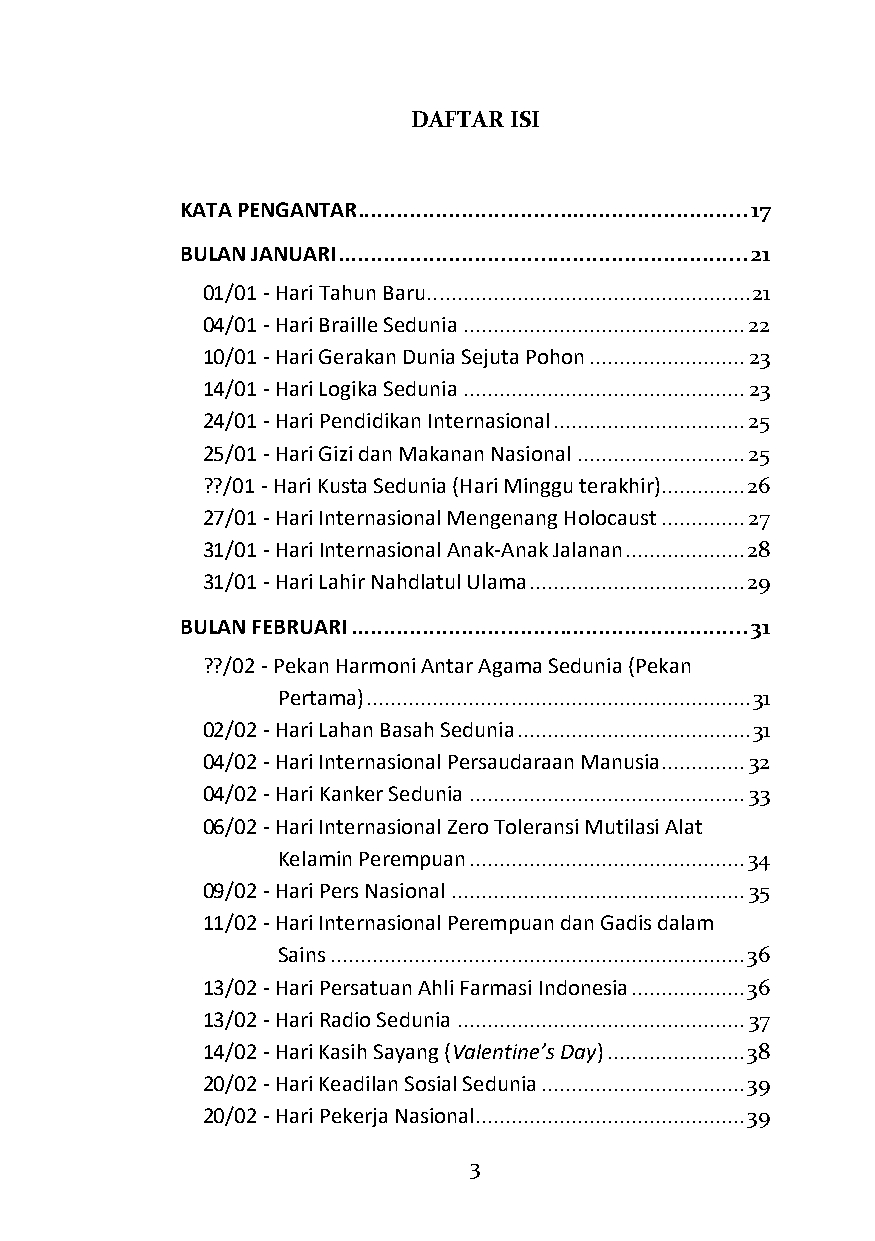
DAFTAR ISI
 KATA PENGANTAR ............................................................ 17
 BULAN JANUARI ............................................................... 21
 01/01 - Hari Tahun Baru...................................................... 21
 04/01 - Hari Braille Sedunia ............................................... 22
 10/01 - Hari Gerakan Dunia Sejuta Pohon .......................... 23
 14/01 - Hari Logika Sedunia ............................................... 23
 24/01 - Hari Pendidikan Internasional ................................ 25
 25/01 - Hari Gizi dan Makanan Nasional ............................ 25
 ??/01 - Hari Kusta Sedunia (Hari Minggu terakhir).............. 26
 27/01 - Hari Internasional Mengenang Holocaust .............. 27
 31/01 - Hari Internasional Anak-Anak Jalanan .................... 28
 31/01 - Hari Lahir Nahdlatul Ulama .................................... 29
 BULAN FEBRUARI ............................................................. 31
 ??/02 - Pekan Harmoni Antar Agama Sedunia (Pekan
 Pertama) ................................................................ 31
 02/02 - Hari Lahan Basah Sedunia ....................................... 31
 04/02 - Hari Internasional Persaudaraan Manusia .............. 32
 04/02 - Hari Kanker Sedunia .............................................. 33
 06/02 - Hari Internasional Zero Toleransi Mutilasi Alat
 Kelamin Perempuan .............................................. 34
 09/02 - Hari Pers Nasional ................................................. 35
 11/02 - Hari Internasional Perempuan dan Gadis dalam
 Sains ..................................................................... 36
 13/02 - Hari Persatuan Ahli Farmasi Indonesia ................... 36
 13/02 - Hari Radio Sedunia ................................................ 37
 14/02 - Hari Kasih Sayang (Valentine’s Day) ....................... 38
 20/02 - Hari Keadilan Sosial Sedunia .................................. 39
 20/02 - Hari Pekerja Nasional............................................. 39
 3